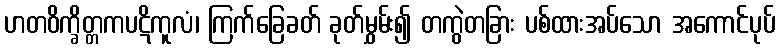
ဟတဝိက္ခိတ္တကပဋိကူလံ၊ ကြက်ခြေခတ် ခုတ်မွှမ်း၍ တကွဲတခြား ပစ်ထားအပ်သော အကောင်ပုပ်